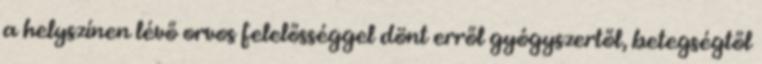
a helyszínen lévő orvos felelősséggel dönt erről gyógyszertől, betegségtől